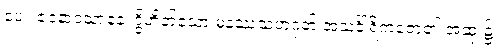
ပေ။ ဇဝနာဝသာနေ၊ ဒွိဟိတ်သော မနဿသဟဂုတ် အသင်္ခါရိကဇော၏ အဆုံး၌။